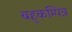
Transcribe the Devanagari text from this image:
बहुकम्पित्र